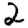
Digit: 2